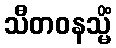
သီတဝနသ္မိံ